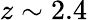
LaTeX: z\sim 2.4